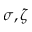
\sigma , \zeta